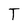
Character: T